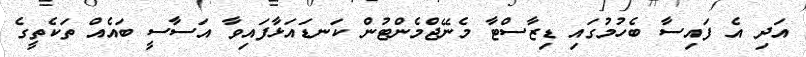
އަދި އެ ފައިސާ ބެހުމުގައި ޑިޒާސްޓާ މެނޭޖްމެންޓުން ކަނޑައަޅާފައިވާ އަސާސީ ބައެއް ތަކެތީގެ